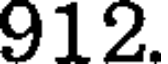
912.